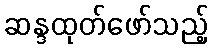
ဆန္ဒထုတ်ဖော်သည့်